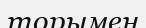
торымен